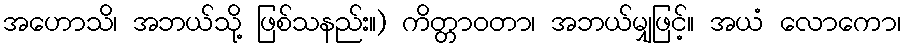
အဟောသိ၊ အဘယ်သို့ ဖြစ်သနည်း။) ကိတ္တာဝတာ၊ အဘယ်မျှဖြင့်။ အယံ လောကော၊